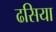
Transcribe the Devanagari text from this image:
ढसिया